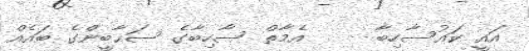
އައީ ކައުސާހިބާ     އެމާތް ސާހިބާގެ ޞަޙާބީންގެ ބައެއް